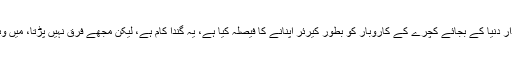
نکول ڈوز کے مطابق انہوں نے سلور اسکرین کی چمکدار دنیا کے بجائے کچرے کے کاروبار کو بطور کیرئر اپنانے کا فیصلہ کیا ہے، یہ گندا کام ہے، لیکن مجھے فرق نہیں پڑتا، میں وہاں سے باہر نکلنا چاہتی ہوں تاکہ کچھ مختلف کرسکوں۔